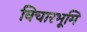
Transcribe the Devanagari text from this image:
विचारभूमि